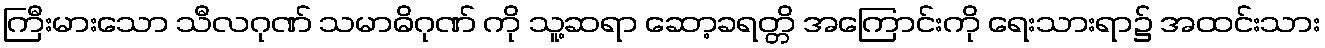
ကြီးမားသော သီလဂုဏ် သမာဓိဂုဏ် ကို သူ့ဆရာ ဆော့ခရတ္တိ အကြောင်းကို ရေးသားရာ၌ အထင်းသား